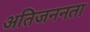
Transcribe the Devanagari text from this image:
अतिजननता